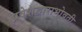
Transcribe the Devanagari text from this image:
प्रवेशद्वाराभोवती